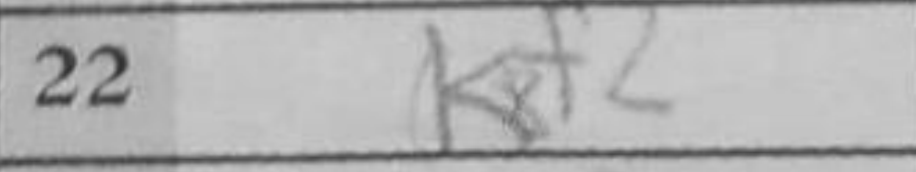
Transcription: Kf2